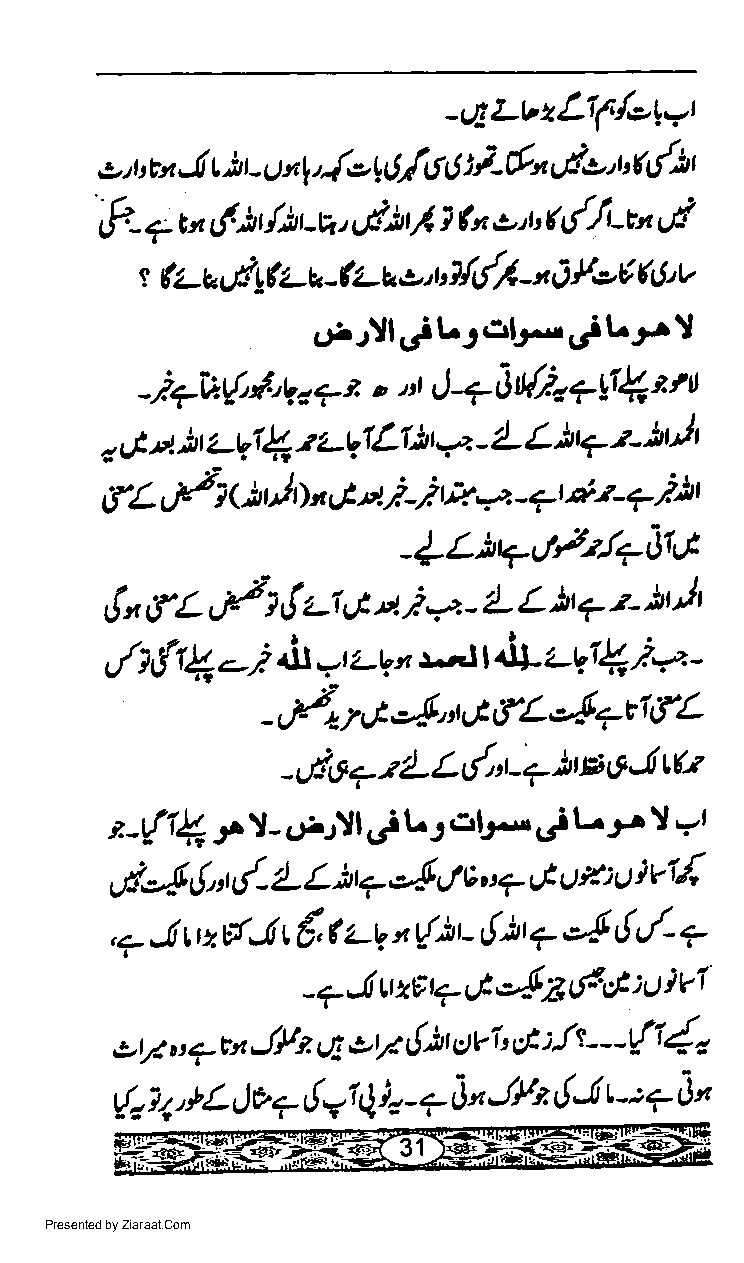
-qLbzLTl€'lYl
 i6nvt
 e, tt,u,! )L u*|,{o'Olgg        >,uf d)r
 |
 rP. + cn f$r /it-tz, Lti4, h,t,t, t d/-u,.1
 t fu - t eiyfu - a -fu- t o,t'{dl - n A [,eY 6t'v
 t.iJll(,iLJ.3b.-,/Lr,l
 l-a$n$.aYQett
 J.7A{,f"qr7e,    nt
 "
 , 8'l )t zqQ r-vLLlh  -a - 4- L 14 -t- Ault
 fL  rt  <,ltuJ o n,J rt ). -,? tE ?- ?t *s- 7 )' Ar
 -{L)qttr'{7'ltt*
 F
 t",fL      l,! z-1 tt 7a- /- L bt7 z- )tt,lt
 s1
 rt                                  *
 rt 1 -,; a+t'<-v s ,.ntr &. Lvr { ). -
 -rt-ri-4t,JfL-{7t7fL
 : L L d"r    s e'tr tQ
 -udo 7         - 7.1t
 l-;r l
 eJrfi { 9l - o.rll .,i L J,3tJ.- .,i  -r
 t                        v6
 v{-{,1, d-   Ur  7e4  y' e u 7,-t tt E :,t }
 "                              *
 ,7..1 tug.tr t {, ( z-v' {iL {)t ? -4,!,./-
 6.i,         ]vI
 tfct
 -7-tr u zet.-         :ct
 eV u 7et J!4 q oV  t!)r ctvi,,g :!t ---{11,
 L ia' lL t) e, a t! 71 Q), - 7'J', J)h 6.tr ; : 7 A n
 Presented by Ziaraat.Com